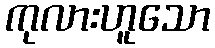
ကုလားဟူသော